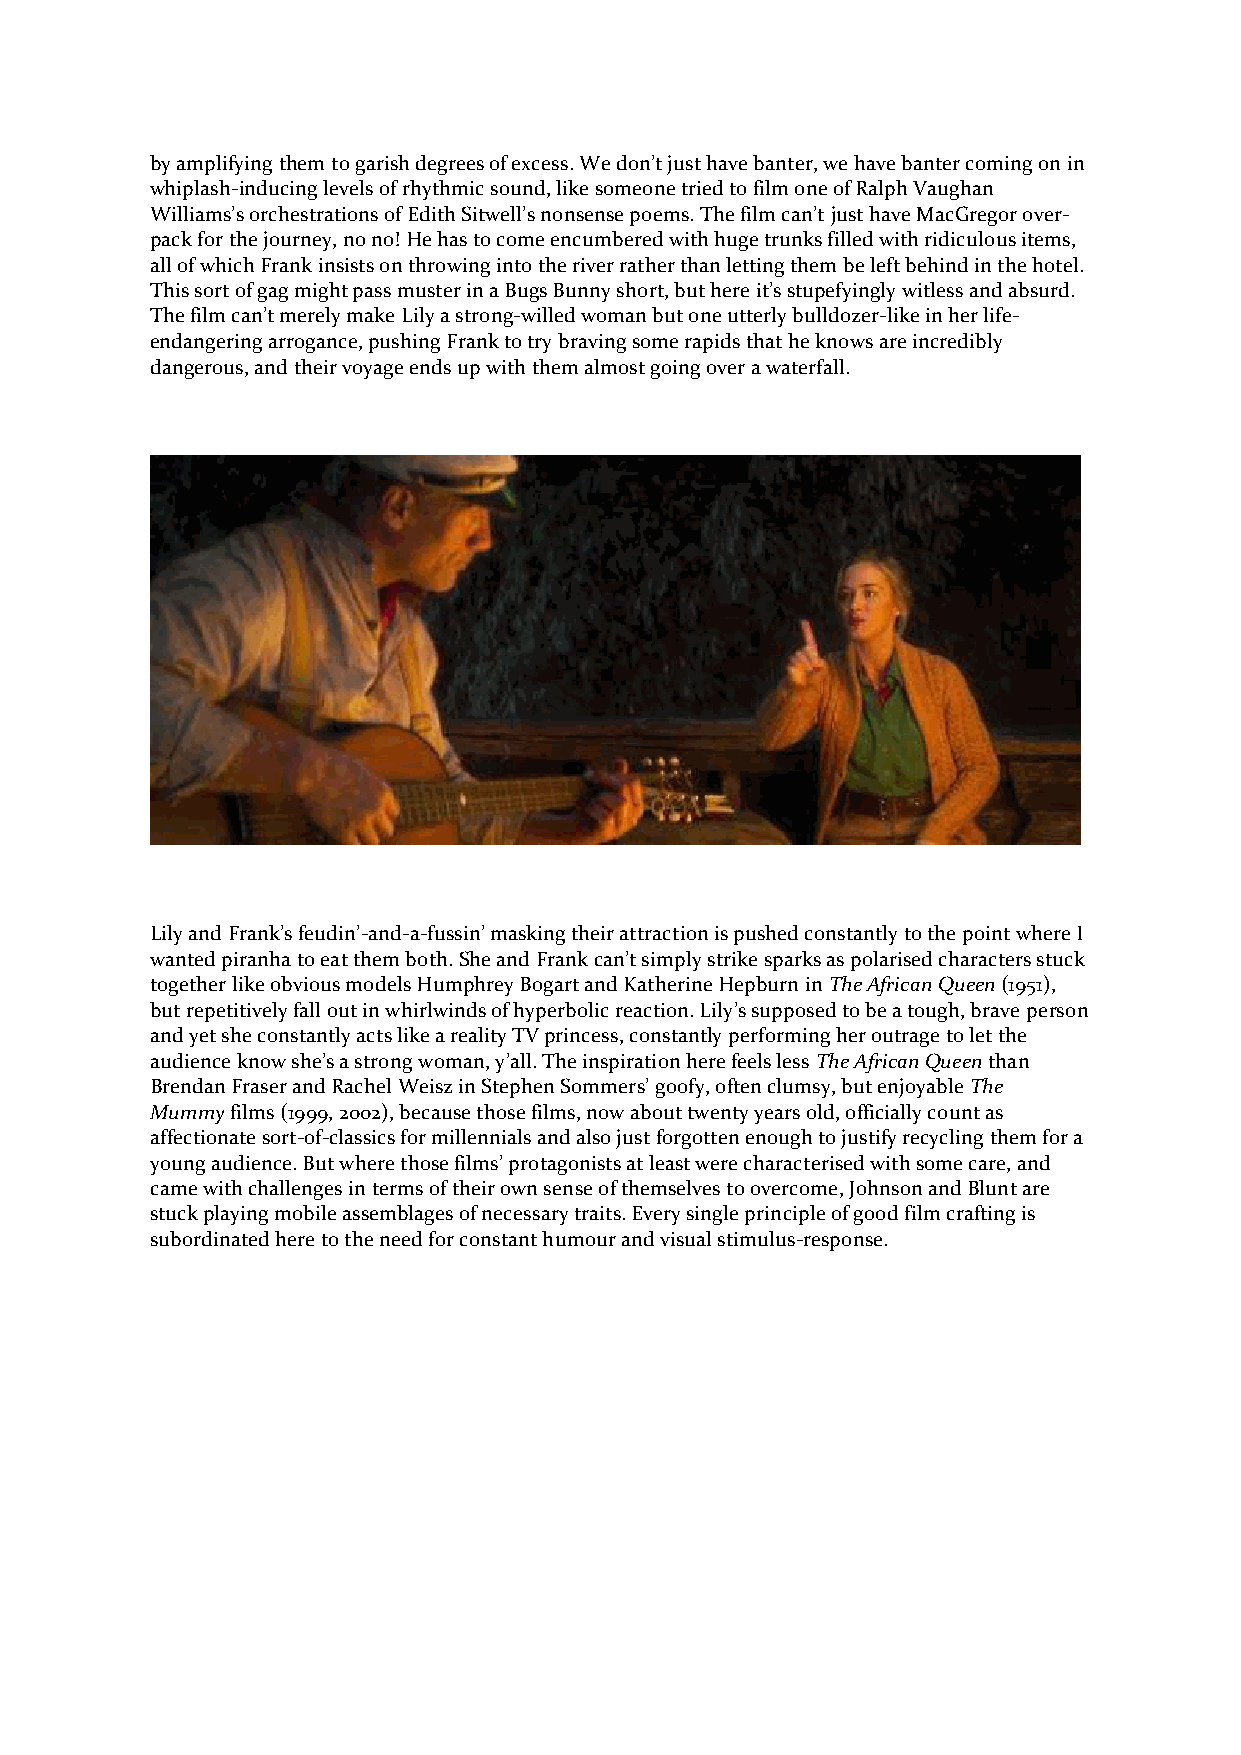
by amplifying them to garish degrees of excess. We don’t just have banter, we have banter coming on in
 whiplash-inducing levels of rhythmic sound, like someone tried to film one of Ralph Vaughan
 Williams’s orchestrations of Edith Sitwell’s nonsense poems. The film can’t just have MacGregor over-
 pack for the journey, no no! He has to come encumbered with huge trunks filled with ridiculous items,
 all of which Frank insists on throwing into the river rather than letting them be left behind in the hotel.
 This sort of gag might pass muster in a Bugs Bunny short, but here it’s stupefyingly witless and absurd.
 The film can’t merely make Lily a strong-willed woman but one utterly bulldozer-like in her life-
 endangering arrogance, pushing Frank to try braving some rapids that he knows are incredibly
 dangerous, and their voyage ends up with them almost going over a waterfall.
 Lily and Frank’s feudin’-and-a-fussin’ masking their attraction is pushed constantly to the point where I
 wanted piranha to eat them both. She and Frank can’t simply strike sparks as polarised characters stuck
 together like obvious models Humphrey Bogart and Katherine Hepburn in The African Queen (1951),
 but repetitively fall out in whirlwinds of hyperbolic reaction. Lily’s supposed to be a tough, brave person
 and yet she constantly acts like a reality TV princess, constantly performing her outrage to let the
 audience know she’s a strong woman, y’all. The inspiration here feels less The African Queen than
 Brendan Fraser and Rachel Weisz in Stephen Sommers’ goofy, often clumsy, but enjoyable The
 Mummy films (1999, 2002), because those films, now about twenty years old, officially count as
 affectionate sort-of-classics for millennials and also just forgotten enough to justify recycling them for a
 young audience. But where those films’ protagonists at least were characterised with some care, and
 came with challenges in terms of their own sense of themselves to overcome, Johnson and Blunt are
 stuck playing mobile assemblages of necessary traits. Every single principle of good film crafting is
 subordinated here to the need for constant humour and visual stimulus-response.